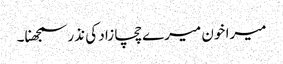
میرا خون میرے چچا زاد کی نذر سمجھنا۔